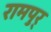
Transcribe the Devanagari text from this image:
रामपुर्